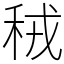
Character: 䄾